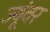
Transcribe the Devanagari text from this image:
ज्यूंवर